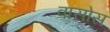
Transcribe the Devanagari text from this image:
वासोस